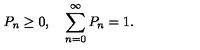
P _ { n } \ge 0 , \quad \sum _ { n = 0 } ^ { \infty } P _ { n } = 1 .